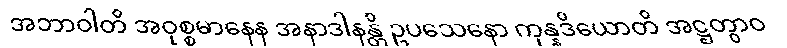
အဘာဝါတိ အဝုစ္စမာနေန အနာဒါနန္တိ ဥပသေနော ကုန္နဒိယောတိ အဋ္ဌတွာဝ